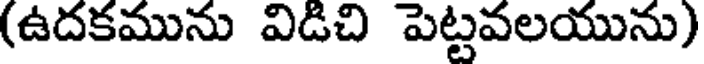
(ఉదకమును విడిచి పెట్టవలయును)